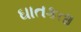
ઘાતકતા